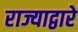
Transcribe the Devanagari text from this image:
राज्याद्वारे